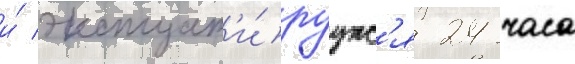
и́ эксплуат'и́руутс'я 24 часа